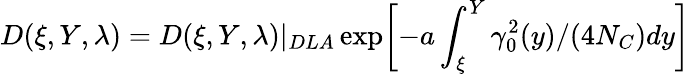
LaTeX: D(\xi,Y,\lambda)=D(\xi,Y,\lambda)|_{DLA}\exp\biggl[-a\int_{\xi}^{Y}\gamma_{0}^{2}(y)/(4N_{C})dy\biggr]